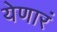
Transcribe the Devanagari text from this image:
येणारं